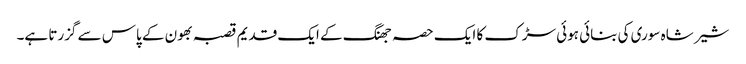
شیر شاہ سوری کی بنائی ہوئی سڑک کا ایک حصہ جھنگ کے ایک قدیم قصبہ بھون کے پاس سے گزرتا ہے۔